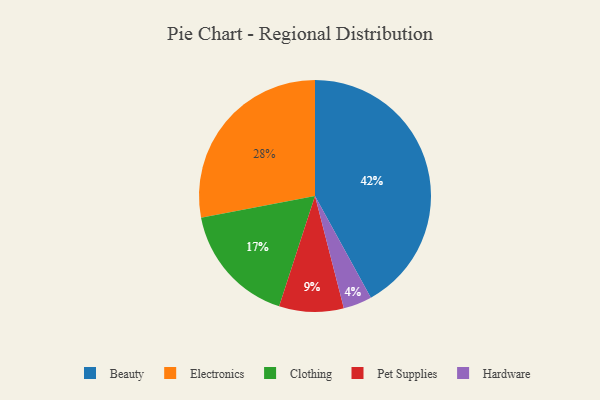
{"axis": {"x": "Category", "y": "Percentage"}, "legend": ["Beauty", "Clothing", "Electronics", "Hardware", "Pet Supplies"], "data": [{"x": "Beauty", "y": 42, "type": "Beauty"}, {"x": "Pet Supplies", "y": 9, "type": "Pet Supplies"}, {"x": "Electronics", "y": 28, "type": "Electronics"}, {"x": "Hardware", "y": 4, "type": "Hardware"}, {"x": "Clothing", "y": 17, "type": "Clothing"}]}